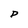
Character: D